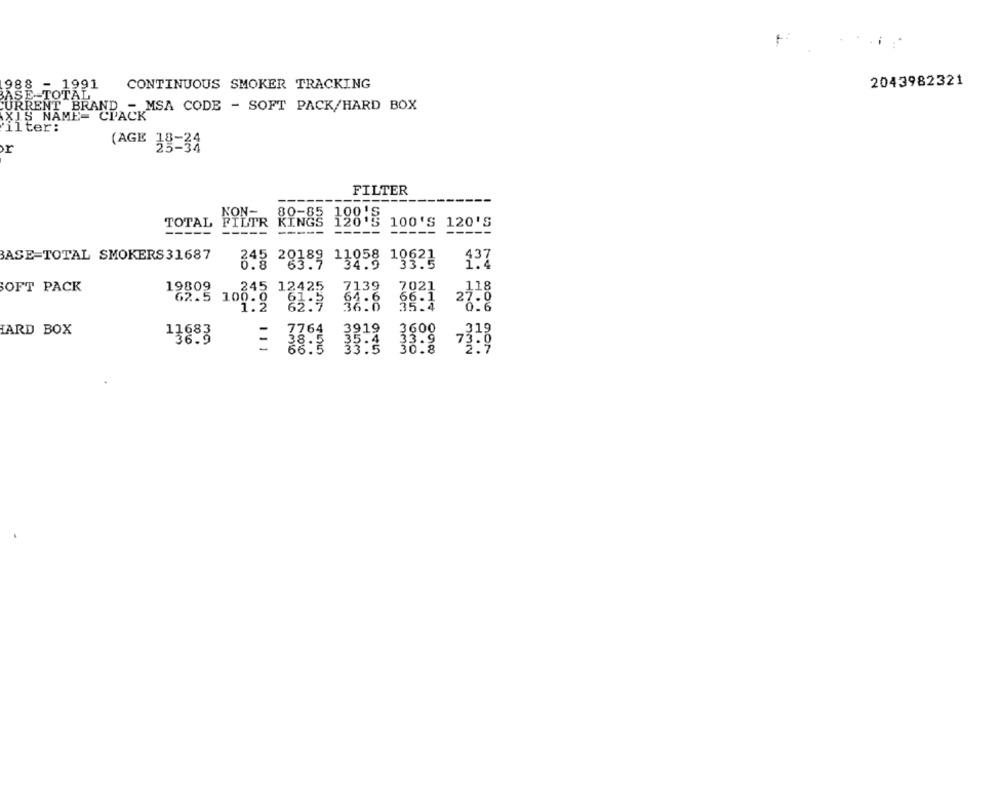
988 - 1991
CONTINUOUS SMOKER TRACKING
2043982321
ŠE-TOTAL
CURRENT BRAND - MSA CODE - SOFT PACK/HARD BOX
XIS NAME= CPACK
ilter:
r
(AGE 38-34
FILTER
NON-
80-85 100'S
TOTAL
FILTR
--
KINGS 120'
100'S 120'S
-----
-----
-----
----
BASE-TOTAL SMOKERS 31687
245 20188
: 20189 11058 10621
34.9
19621
137
7021
SOFT PACK
19809
245 12425
7139
62.5 100.0
1.2 62:9 36:8
HARD BOX
11683
7764
170332